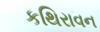
કથિરાવન